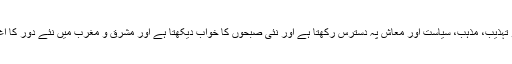
وہی اقبال جو تہذیب، مذہب، سیاست اور معاش پہ دسترس رکھتا ہے اور نئی صبحوں کا خواب دیکھتا ہے اور مشرق و مغرب میں نئے دور کا آغاز چاہتا ہے۔